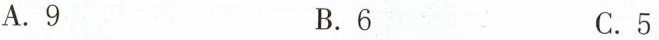
A.9 B.6 C.5